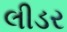
લીડર